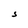
Character: S